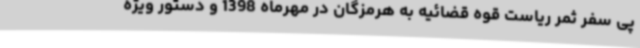
پی سفر ثمر ریاست قوه قضائیه به هرمزگان در مهرماه 1398 و دستور ویژه